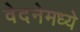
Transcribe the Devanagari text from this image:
वेदनेमध्ये